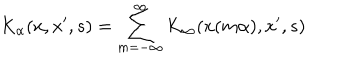
K _ { \alpha } ( x , x ^ { \prime } , s ) = \sum _ { m = - \infty } ^ { \infty } K _ { \infty } ( x ( m \alpha ) , x ^ { \prime } , s )